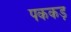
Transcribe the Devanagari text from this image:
पककड़